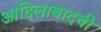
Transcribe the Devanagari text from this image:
आदिलाबादची